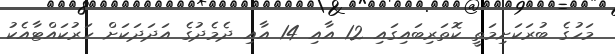
މަހުގެ ބުރަކަށިމަތީ ކޮތަރިބައިގައި 12 އާއި 14 އާއި ދެމެދުގެ އަދަދަކަށް ހަރުކައްޓާއެކު